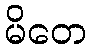
မိတေ